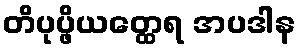
တိပုပ္ဖိယတ္ထေရ အပဒါန